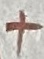
Text: +